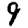
Digit: 9